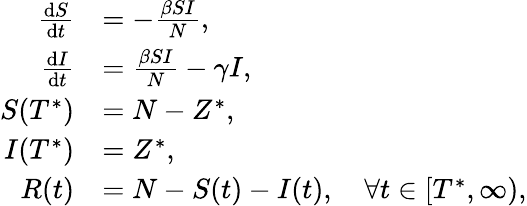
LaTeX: \begin{array}{rl}{\frac{{\mathrm{d}}S}{{\mathrm{d}}t}}&{=-\frac{\beta SI}{N},}\\ {\frac{{\mathrm{d}}I}{{\mathrm{d}}t}}&{=\frac{\beta SI}{N}-\gamma I,}\\ {S(T^{*})}&{=N-Z^{*},}\\ {I(T^{*})}&{=Z^{*},}\\ {R(t)}&{=N-S(t)-I(t),\quad\forall t\in[T^{*},\infty),}\end{array}